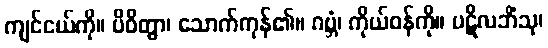
ကျင်ငယ်ကို။ ပိဝိတွာ၊ သောက်ကုန်၏။ ဂဗ္ဘံ၊ ကိုယ်ဝန်ကို။ ပဋိလဘိံသု၊